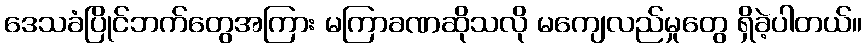
ဒေသခံပြိုင်ဘက်တွေအကြား မကြာခဏဆိုသလို မကျေလည်မှုတွေ ရှိခဲ့ပါတယ်။